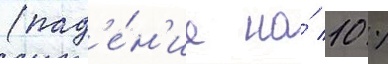
(пад'е́н'ие на́ 10 %